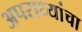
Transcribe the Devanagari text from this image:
अपराध्यांचा